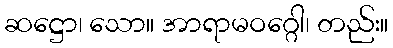
ဆဋ္ဌော၊ သော။ အာရာမဝဂ္ဂေါ၊ တည်း။